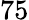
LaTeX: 75